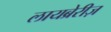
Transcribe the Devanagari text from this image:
लायब्रेरीज़